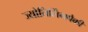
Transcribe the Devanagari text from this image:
ज्योतिर्लिंगपैकी